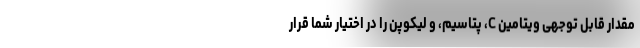
مقدار قابل توجهی ویتامین C، پتاسیم، و لیکوپن را در اختیار شما قرار